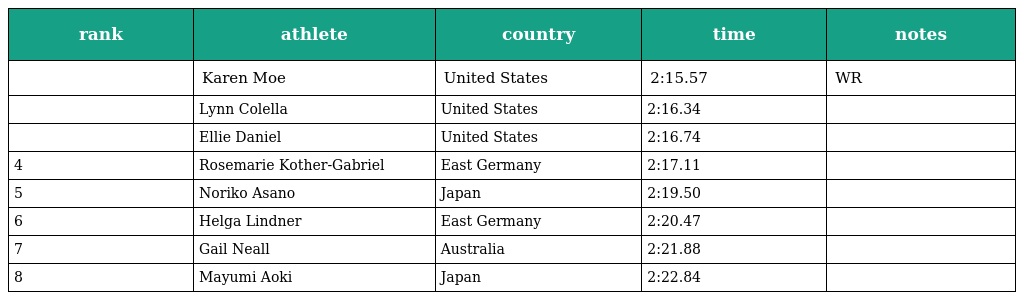
| rank | athlete | country | time | notes |
 | --- | --- | --- | --- | --- |
 |  | Karen Moe | United States | 2:15.57 | WR |
 |  | Lynn Colella | United States | 2:16.34 |  |
 |  | Ellie Daniel | United States | 2:16.74 |  |
 | 4 | Rosemarie Kother-Gabriel | East Germany | 2:17.11 |  |
 | 5 | Noriko Asano | Japan | 2:19.50 |  |
 | 6 | Helga Lindner | East Germany | 2:20.47 |  |
 | 7 | Gail Neall | Australia | 2:21.88 |  |
 | 8 | Mayumi Aoki | Japan | 2:22.84 |  |